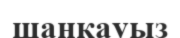
шаңқауыз